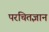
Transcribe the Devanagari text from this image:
परचितज्ञान